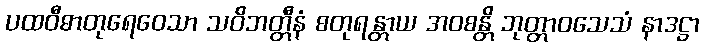
ပထဝီဓာတုရေဝေသာ သဝိဘတ္တီနံ စတုရန္တာယ အဝစန္တိ ဘုတ္တာဝသေသံ နာဒဋ္ဌာ